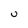
Character: U